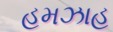
હમઝાહ